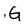
Character: G